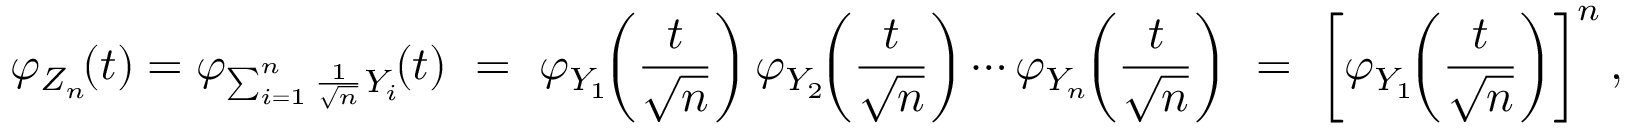
\varphi _ { Z _ { n } } \! ( t ) = \varphi _ { \sum _ { i = 1 } ^ { n } { { \frac { 1 } { \sqrt { n } } } Y _ { i } } } \! ( t ) \ = \ \varphi _ { Y _ { 1 } } \! \! \left( { \frac { t } { \sqrt { n } } } \right) \varphi _ { Y _ { 2 } } \! \! \left( { \frac { t } { \sqrt { n } } } \right) \cdots \varphi _ { Y _ { n } } \! \! \left( { \frac { t } { \sqrt { n } } } \right) \ = \ \left[ \varphi _ { Y _ { 1 } } \! \! \left( { \frac { t } { \sqrt { n } } } \right) \right] ^ { n } ,